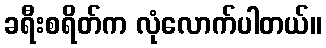
ခရီးစရိတ်က လုံလောက်ပါတယ်။